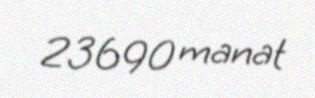
23690 manat